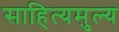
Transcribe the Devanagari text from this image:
साहित्यमुल्य